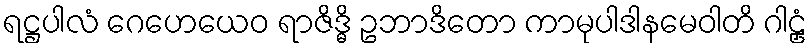
ရဋ္ဌပါလံ ဂေဟေယေဝ ရာဇိဒ္ဓိ ဥဘာဒိတော ကာမုပါဒါနမေဝါတိ ဂါဠှံ